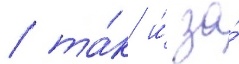
/ та́к и́ за́